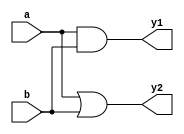
module Circuit_C(y1, y2, a, b);
output y1, y2;
input a, b;
assign y1 = a & b;
or (y2, a, b);
endmodule

module Circuit_C_tb;
reg a, b;
wire y1, y2;

Circuit_C circuit(y1, y2, a, b);
initial
begin
$monitor("a=%b, b=%b, y1=%b, y2=%b", a, b, y1, y2);
a = 0; b = 0; #10;
a = 0; b = 1; #10;
a = 1; b = 0; #10;
a = 1; b = 1; #10;

$finish;
end
endmodule